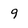
Character: 9